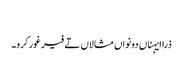
‏
ذرا ایہناں دونواں مثالاں تے فیر غور کرو۔